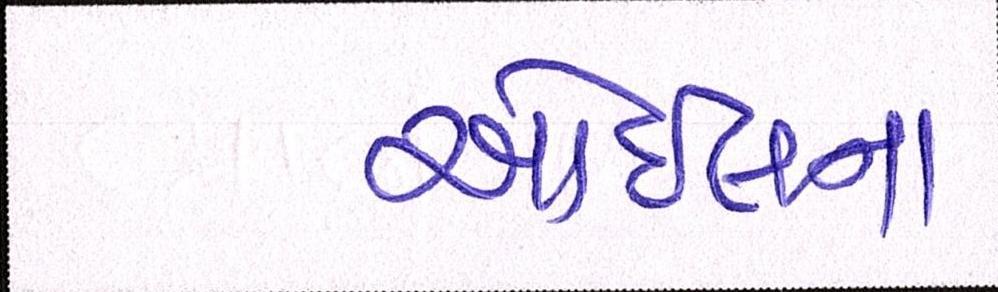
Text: ઓઇલના